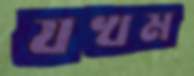
যখম